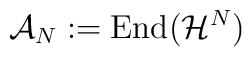
\mathcal{A}_N:=\mathrm{End}(\mathcal{H}^N)